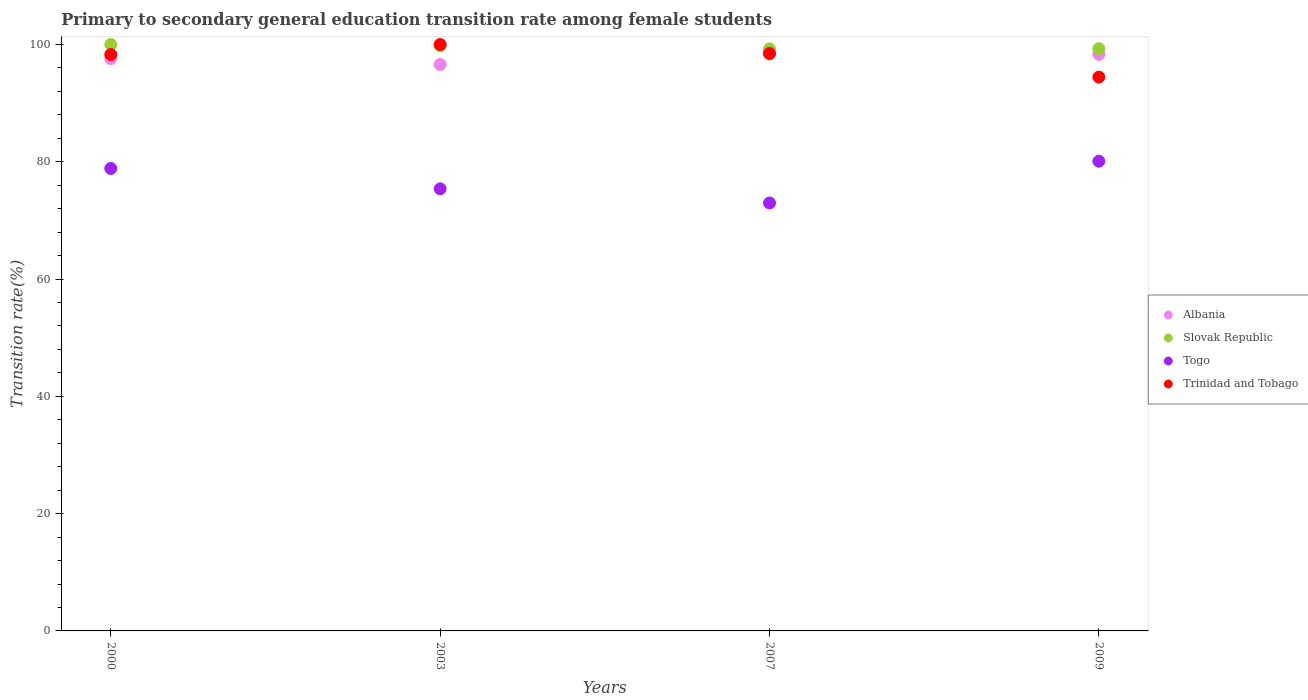
| Years | Albania | Slovak Republic | Togo | Trinidad and Tobago |
 | --- | --- | --- | --- | --- |
 | 2000 | 97.6 | 100 | 78.9 | 98.3 |
 | 2003 | 96.6 | 99.8 | 75.4 | 100 |
 | 2007 | 98.4 | 99.2 | 73 | 98.5 |
 | 2009 | 98.3 | 99.3 | 80.1 | 94.4 |